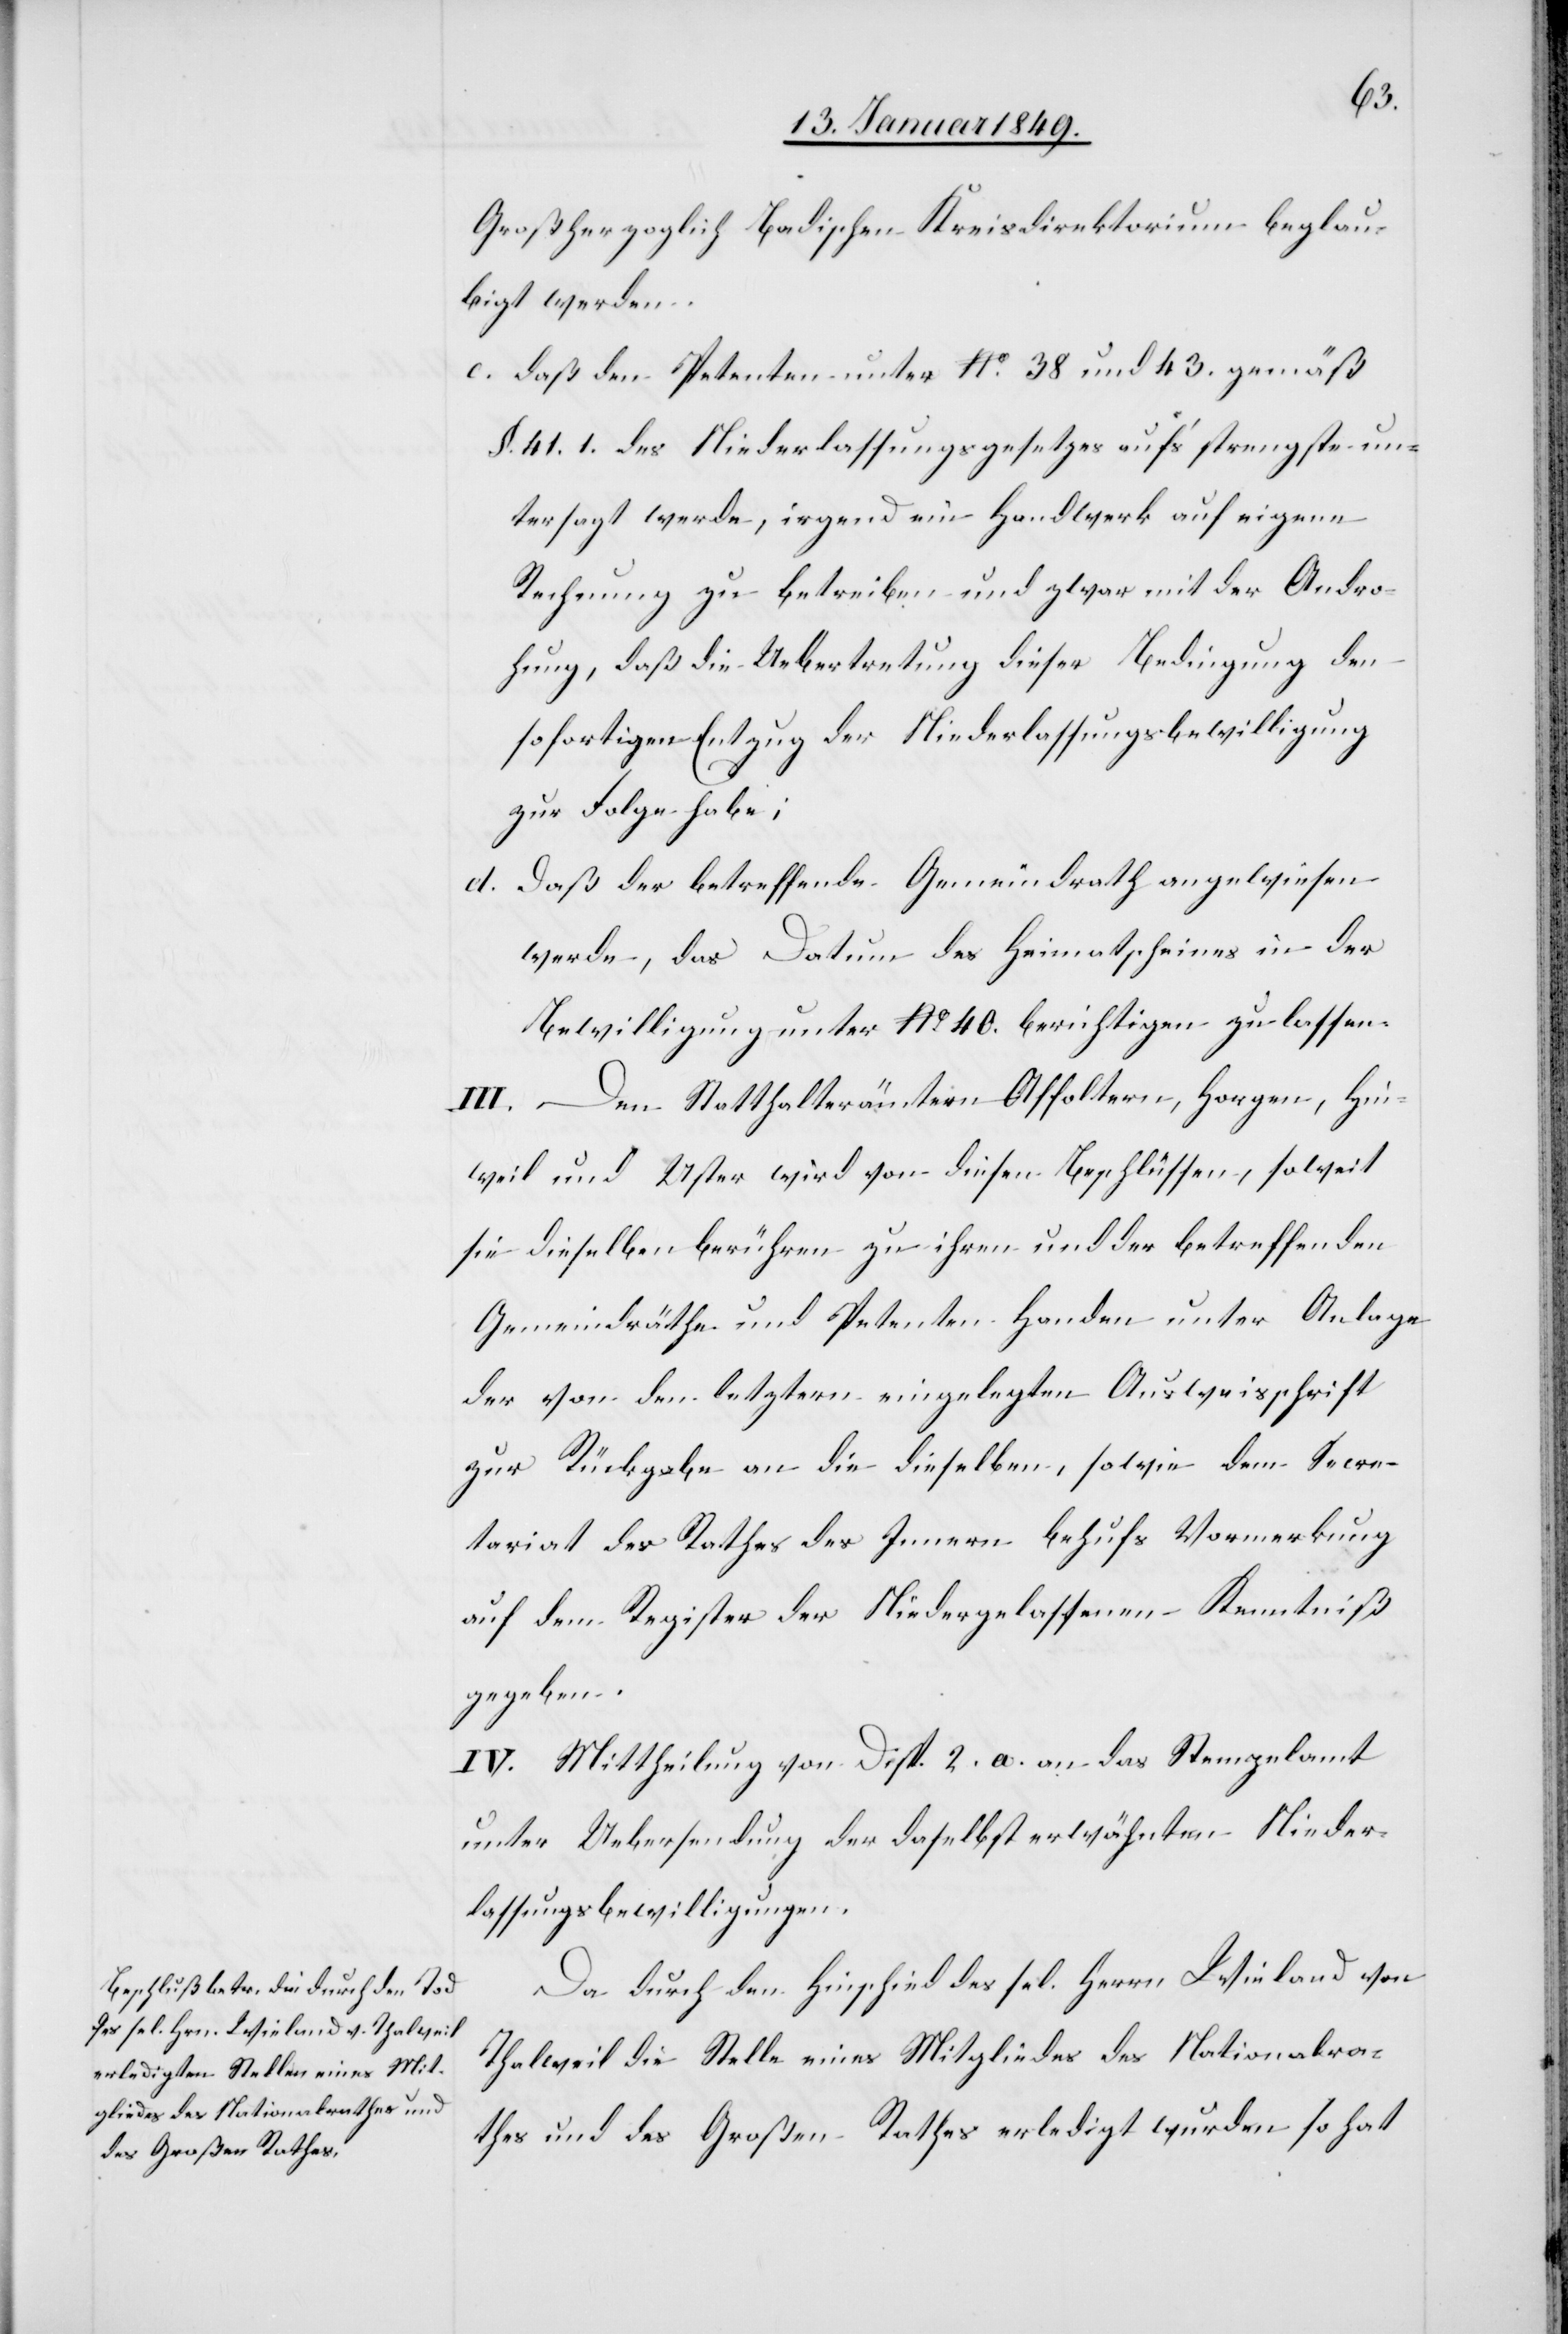
Großherzoglich Badischen Kreisdirektorium beglau¬
bigt werden.
c. daß den Petenten unter No. 38. und 43. gemäß
§. 41. 1. des Niederlassungsgesetzes auf’s strengste un¬
tersagt werde, irgend ein Handwerk auf eigene
Rechnung zu betreiben und zwar mit der Andro¬
hung, daß die Uebertretung dieser Bedingung den
sofortigen Entzug der Niederlassungsbewilligung
zur Folge habe;
d. daß der betreffende Gemeindrath angewiesen
werde, das Datum des Heimatscheines in der
Bewilligung unter No. 40. berichtigen zu lassen.
Den Statthalterämtern Affoltern, Horgen, Hin¬
weil und Uster wird von diesen Beschlüssen, soweit
sie dieselben berühren zu ihren und der betreffenden
Gemeindräthe und Petenten Handen unter Anlage
der von den letztern eingelegten Ausweisschrift
zur Rückgabe an die dieselben, sowie dem Secre¬
tariat des Rathes des Innern behufs Vormerkung
auf dem Register der Niedergelassenen Kenntniß
gegeben.
IV. Mittheilung von Disp. 2. a. an das Stempelamt
unter Uebersendung der daselbst erwähnten Nieder¬
lassungsbewilligungen.
Da durch den Hinschied des sel. Herrn Wieland von
Thalweil die Stelle eines Mitgliedes des Nationalra¬
thes und des Großen Rathes erledigt wurden so hat